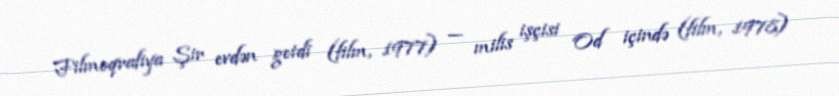
Filmoqrafiya Şir evdən getdi (film, 1977) — milis işçisi Od içində (film, 1978)